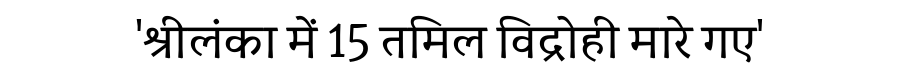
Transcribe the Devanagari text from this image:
'श्रीलंका में 15 तमिल विद्रोही मारे गए'